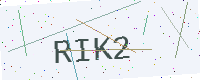
Text: RIK2